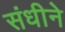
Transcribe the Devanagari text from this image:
संधीने